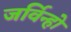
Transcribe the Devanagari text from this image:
जर्विन्हो